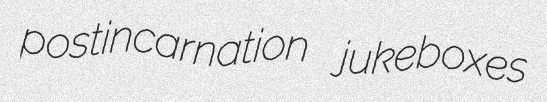
postincarnation jukeboxes